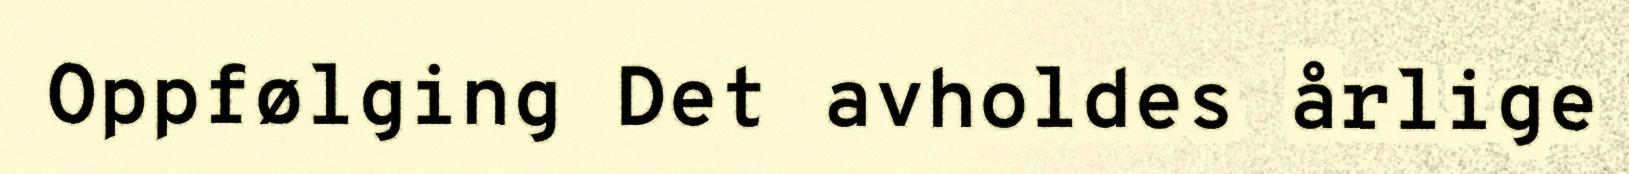
Oppfølging Det avholdes årlige